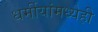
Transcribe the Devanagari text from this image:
धर्मीयांमध्येही